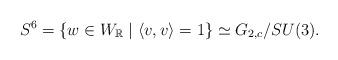
LaTeX: \begin{align*} S^{6} = \{w\in W_{\mathbb R} \mid \langle v,v\rangle = 1\} \simeq G_{2,c}/SU(3).\end{align*}